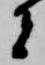
者